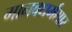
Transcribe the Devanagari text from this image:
मानवधर्मसार